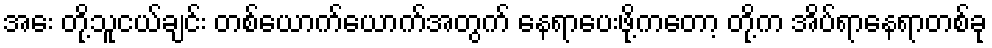
အေး တို့သူငယ်ချင်း တစ်ယောက်ယောက်အတွက် နေရာပေးဖို့ကတော့ တို့က အိပ်ရာနေရာတစ်ခု